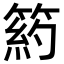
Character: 箹